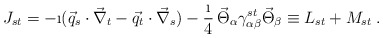
\begin{align*}J_{st} = -\i(\vec{q}_s\cdot\vec{\nabla}_t - \vec{q}_t\cdot\vec{\nabla}_s)-\frac{\i}{4} \,\vec{\Theta}_\alpha \gamma^{st}_{\alpha\beta} \vec{\Theta}_\beta\equiv L_{st}+M_{st}\;. \end{align*}